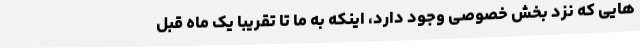
‌هایی که نزد بخش خصوصی وجود دارد، اینکه به ما تا تقریبا یک ماه قبل